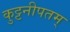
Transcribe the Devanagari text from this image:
कुट्टनीपतम्